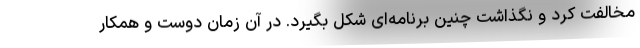
مخالفت کرد و نگذاشت چنین برنامه‌ای شکل بگیرد. در آن زمان دوست و همکار